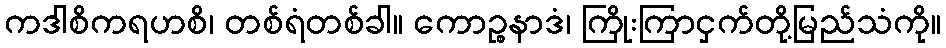
ကဒါစိကရဟစိ၊ တစ်ရံတစ်ခါ။ ကောဉ္စနာဒံ၊ ကြိုးကြာငှက်တို့မြည်သံကို။